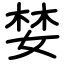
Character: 婪